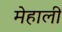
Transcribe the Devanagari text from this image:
मेहाली